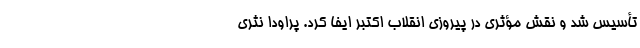
تأسیس شد و نقش مؤثری در پیروزی انقلاب اُكتبر ایفا كرد. پراودا نثری